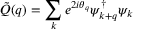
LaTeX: { \tilde { Q } } ( q ) = \sum _ { k } e ^ { 2 i \theta _ { q } } \psi _ { k + q } ^ { \dagger } \psi _ { k }